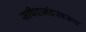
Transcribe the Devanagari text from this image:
सच्चिदानंदस्वरूप